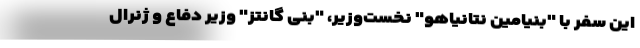
این سفر با "بنیامین نتانیاهو" نخست‌وزیر، "بنی گانتز" وزیر دفاع و ژنرال